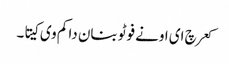
کعر چ ای اونے فوٹو بنان دا کم وی کیتا۔